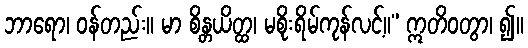
ဘာရော၊ ဝန်တည်း။ မာ စိန္တယိတ္ထ၊ မစိုးရိမ်ကုန်လင့်။” ဣတိဝတွာ၊ ၍။